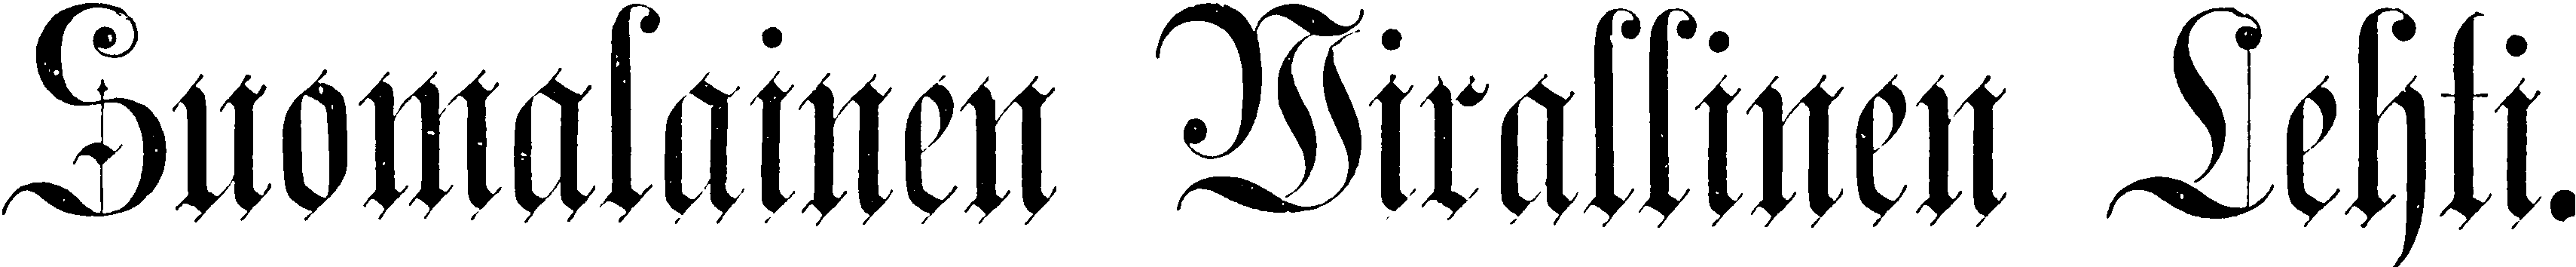
Suomalainen Wirallinen Lehti.